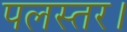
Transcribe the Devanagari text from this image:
पलस्तर।